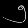
Digit: ၅